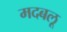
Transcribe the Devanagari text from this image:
मदबलू